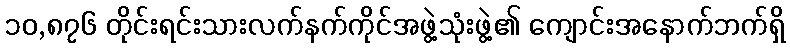
၁၀,၈၇၆ တိုင်းရင်းသားလက်နက်ကိုင်အဖွဲ့သုံးဖွဲ့၏ ကျောင်းအနောက်ဘက်ရှိ